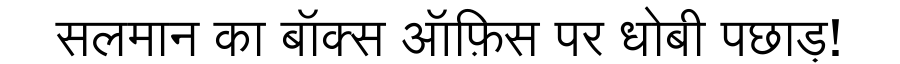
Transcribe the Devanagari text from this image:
सलमान का बॉक्स ऑफ़िस पर धोबी पछाड़!